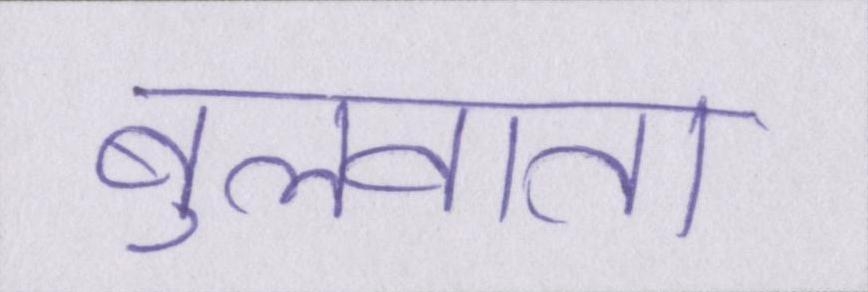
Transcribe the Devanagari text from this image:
बुलवाता